Vaccination North-Western Provinces and Oudh 1878-1895 - 1878-1895
Year: 1878
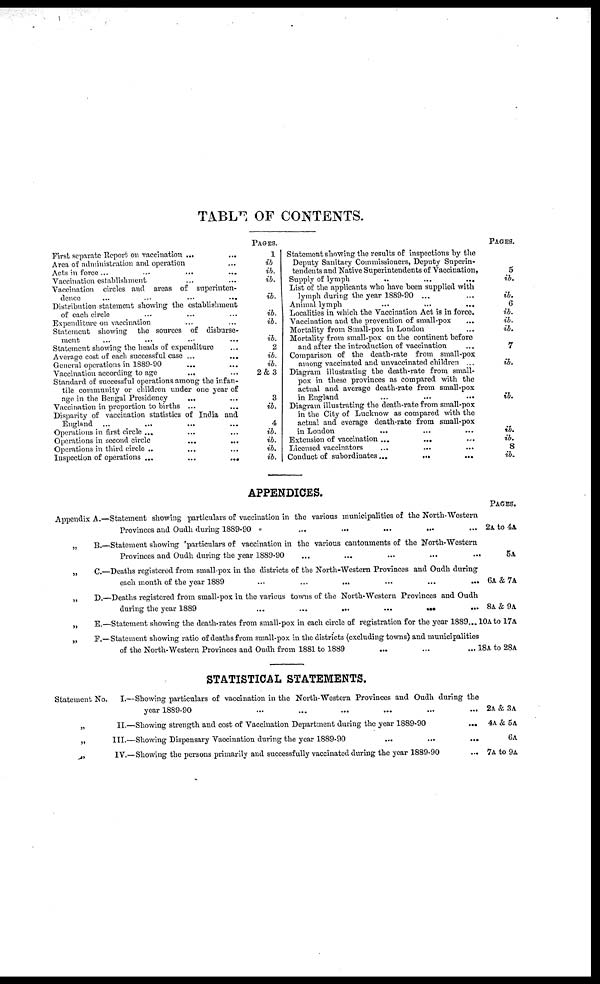
TABLE OF CONTENTS.
First separate Report on vaccination ... ...
Area of administration and operation ...
Acts in force ...
...
...
...
Vaccination establishment ... ...
Vaccination circles and areas of superinten-
dence ... ... ... ...
Distribution statement showing the establishment
of each circle ... ... ...
Expenditure on vaccination ... ...
Statement showing the sources of disburse-
ment ... ... ... ...
Statement showing the heads of expenditure
Average cost of each successful case ... ...
General operations in 1889-90 ... ...
Vaccination according to age
...
...
Standard of successful operations among the infan-
tile community or children under one year of
age in the Bengal Presidency ... ...
Vaccination in proportion to births ... ...
Disparity of vaccination statistics of India and
England ... ... ... ...
Operations in first circle ... ... ...
Operations in second circle ... ...
Operations in third circle .. ... ...
Inspection of operations ...
...
...
PAGES.
1
ib
ib.
ib.
ib.
ib.
ib.
ib.
2
ib.
ib.
2 & 3
3
ib.
4
ib.
ib.
ib.
ib.
Statement showing the results of inspections by the
Deputy Sanitary Commissioners, Deputy Superin-
tendents and "Native Superintendents of Vaccination,
Supply of lymph .. ... ...
List of the applicants who have been supplied with
lymph during the year 1889-90 ... ...
Animal lymph ... ... ...
Localities in which the Vaccination Act is in force.
Vaccination and the prevention of small-pox
...
Mortality from Small-pox in London ...
Mortality from small-pox on the continent before
and after the introduction of vaccination ...
Comparison of the death-rate from small-pox
among vaccinated and unvaccinated children ...
Diagram illustrating the death-rate from small-
pox in these provinces as compared with the
actual and average death-rate from small-pox
in England ... ... ...
Diagram illustrating the death-rate from small-pox
in the City of Lucknow as compared with the
actual and everage death-rate from small-pox
in London ... ... ...
Extension of vaccination
... ... ...
Licensed vaccinators ... ... ... ...
Conduct of subordinates ... ... ...
PAGES.
5
ib.
ib.
6
ib.
ib.
ib.
7
ib.
ib.
ib.
ib.
8
ib.
APPENDICES.
Appendix A.—Statement showing particulars of vaccination in the various municipalities of the North-Western
Provinces and Oudh during 1889-90
...
...
...
...
...
„
B.—Statement showing 'particulars of vaccination in the various cantonments of the North-Western
Provinces and Oudh during the year 1889-90
...
...
...
...
...
„
C.—Deaths registered from small-pox in the districts of the North-Western Provinces and Oudh during
each month of the year 1889
...
...
...
...
...
...
„
D.—Deaths registered from small-pox in the various towns of the North-Western Provinces and Oudh
during the year 1889
...
...
...
...
...
...
„
E.—Statement showing the death-rates from small-pox in each circle of registration for the year 1889...
„
F.—Statement showing ratio of deaths from small-pox in the districts (excluding towns) and municipalities
of the North-Western Provinces and Oudh from 1881 to 1889
...
...
...
STATISTICAL STATEMENTS.
Statement No.
I.—Showing particulars of vaccination in the North-Western Provinces and Oudh during the
year 1889-90
...
...
...
...
...
...
„
II.—Showing strength and cost of Vaccination Department during the year 1889-90
...
„
III.—Showing Dispensary Vaccination during the year 1889-90
...
...
...
„
IV.—Showing the persons primarily and successfully vaccinated during the year 1889-90
...
PAGES.
2A to 4A
5A
6A & 7A
8A & 9A
10A to 17A
18A to 28A
2A & 3A
4A & 5A
6A
7A to 9A